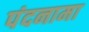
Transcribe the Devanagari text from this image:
पंदनामा